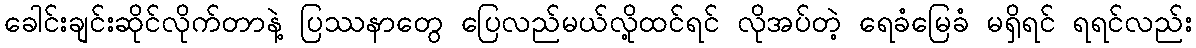
ခေါင်းချင်းဆိုင်လိုက်တာနဲ့ ပြဿနာတွေ ပြေလည်မယ်လို့ထင်ရင် လိုအပ်တဲ့ ရေခံမြေခံ မရှိရင် ရရင်လည်း